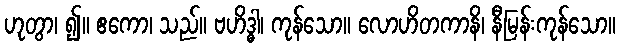
ဟုတွာ၊ ၍။ ဧကော၊ သည်။ ဗဟိဒ္ဓါ၊ ကုန်သော။ လောဟိတကာနိ၊ နီမြန်းကုန်သော။